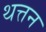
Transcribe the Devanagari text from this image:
थत्तन